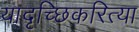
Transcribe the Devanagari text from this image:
यादृच्छिकरित्या